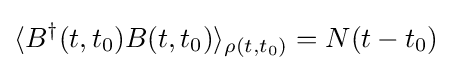
\langle B^{\dagger }(t,t_{0})B(t,t_{0})\rangle _{\rho (t,t_{0})}=N(t-t_{0})